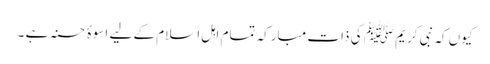
کیوں کہ نبی کریم ﷺ کی ذات مبارکہ تمام اہل اسلام کے لیے اسوۂ حسنہ ہے ۔